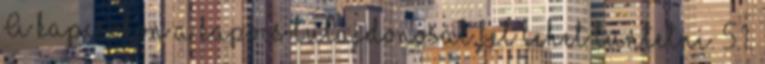
A kapcsokon a kapocs tulajdonosát fel lehet tüntetni. 5.1.